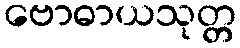
ဗောဓာယသုတ္တ